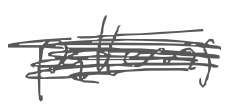
Text: patterns
Cross-out: scratch
Writing tool: digital_gray